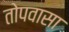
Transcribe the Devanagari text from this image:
तोपवासा